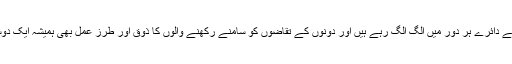
تحفظات اور ضروریات کے دائرے ہر دور میں الگ الگ رہے ہیں اور دونوں کے تقاضوں کو سامنے رکھنے والوں کا ذوق اور طرز عمل بھی ہمیشہ ایک دوسرے سے مختلف رہا ہے۔